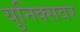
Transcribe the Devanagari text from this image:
युनिक्सवर